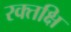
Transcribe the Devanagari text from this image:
रक्तक्षि